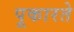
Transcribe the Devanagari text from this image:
पूकारते